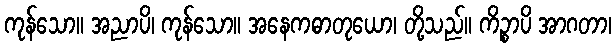
ကုန်သော။ အညာပိ၊ ကုန်သော။ အနေကဓာတုယော၊ တို့သည်။ ကိဉ္စာပိ အာဂတာ၊